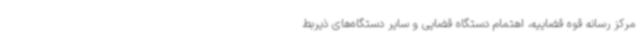
مرکز رسانه قوه قضاییه، اهتمام دستگاه قضایی و سایر دستگاه‌های ذیربط